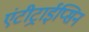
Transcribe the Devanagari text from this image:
एंटीट्राईप्सिन